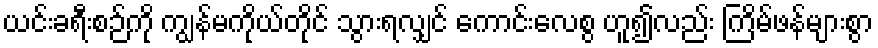
ယင်းခရီးစဉ်ကို ကျွန်မကိုယ်တိုင် သွားရလျှင် ကောင်းလေစွ ဟူ၍လည်း ကြိမ်ဖန်များစွာ